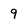
Character: 9